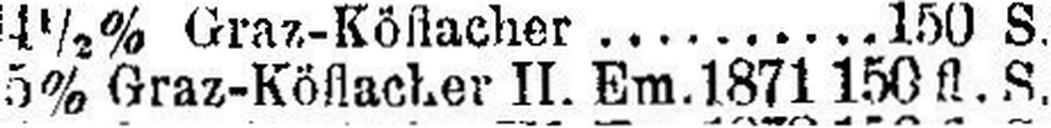
5% Graz-Köflacher II. Em. 1871 150 fl. S.